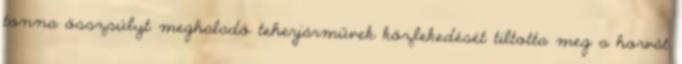
tonna összsúlyt meghaladó teherjárművek közlekedését tiltotta meg a horvát